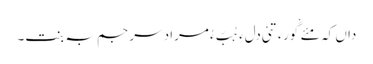
داں کہ مئے گْورءَ تئی دلءِ ہُبّ ءُ مراد سرجم بہ بنت۔